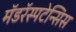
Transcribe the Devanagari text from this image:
मॅडरॅस्पटेन्सिस